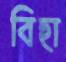
বিহা